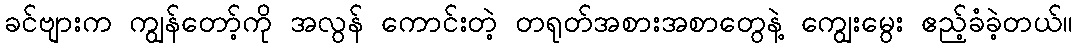
ခင်ဗျားက ကျွန်တော့်ကို အလွန် ကောင်းတဲ့ တရုတ်အစားအစာတွေနဲ့ ကျွေးမွေး ဧည့်ခံခဲ့တယ်။